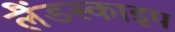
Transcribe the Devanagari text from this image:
लैंडस्काइप